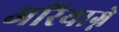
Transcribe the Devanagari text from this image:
अरियाग्ने